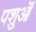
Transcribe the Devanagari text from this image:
पशुऒं